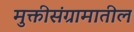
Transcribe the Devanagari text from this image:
मुक्तीसंग्रामातील